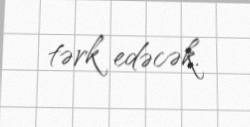
tərk edəcək.